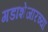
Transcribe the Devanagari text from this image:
गडाशेजारच्या